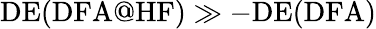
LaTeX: \mathrm{DE(DFA@HF)}\gg-\mathrm{DE(DFA)}